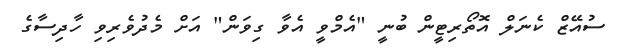
ސުއޭޒް ކެނަލް އޮތޯރިޓީން ބުނީ "އެމްވީ އެވާ ގިވަން" އަށް މެދުވެރިވި ހާދިސާގެ